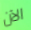
الآن